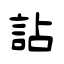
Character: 詀